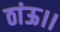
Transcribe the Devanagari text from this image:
ठांऊ।।